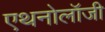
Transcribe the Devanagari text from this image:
एथनोलॉजी